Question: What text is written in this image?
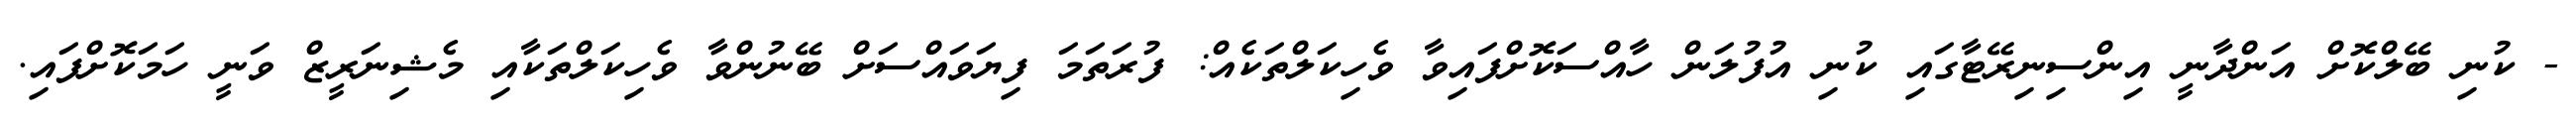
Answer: - ކުނި ބޭލްކޮށް އަންދާނީ އިންސިނިރޭޓާގައި ކުނި އުފުލަން ހާއްސަކޮށްފައިވާ ވެހިކަލްތަކެއް: ފުރަތަމަ ފިޔަވައްސަށް ބޭނުންވާ ވެހިކަލްތަކާއި މެޝިނަރީޒް ވަނީ ހަމަކޮށްފައި.